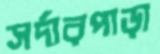
সর্দারপাড়া